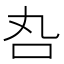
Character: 𠮫